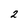
Character: 2